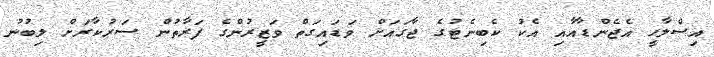
އިސްލާހީ އެޖެންޑާއާއި އެކު ކެބިނެޓުގެ ޖާގައަށް ވަޑައިގަތް ވަޒީރުންގެ ފަރާތުން ސަރުކާރަށް ލިބުނު